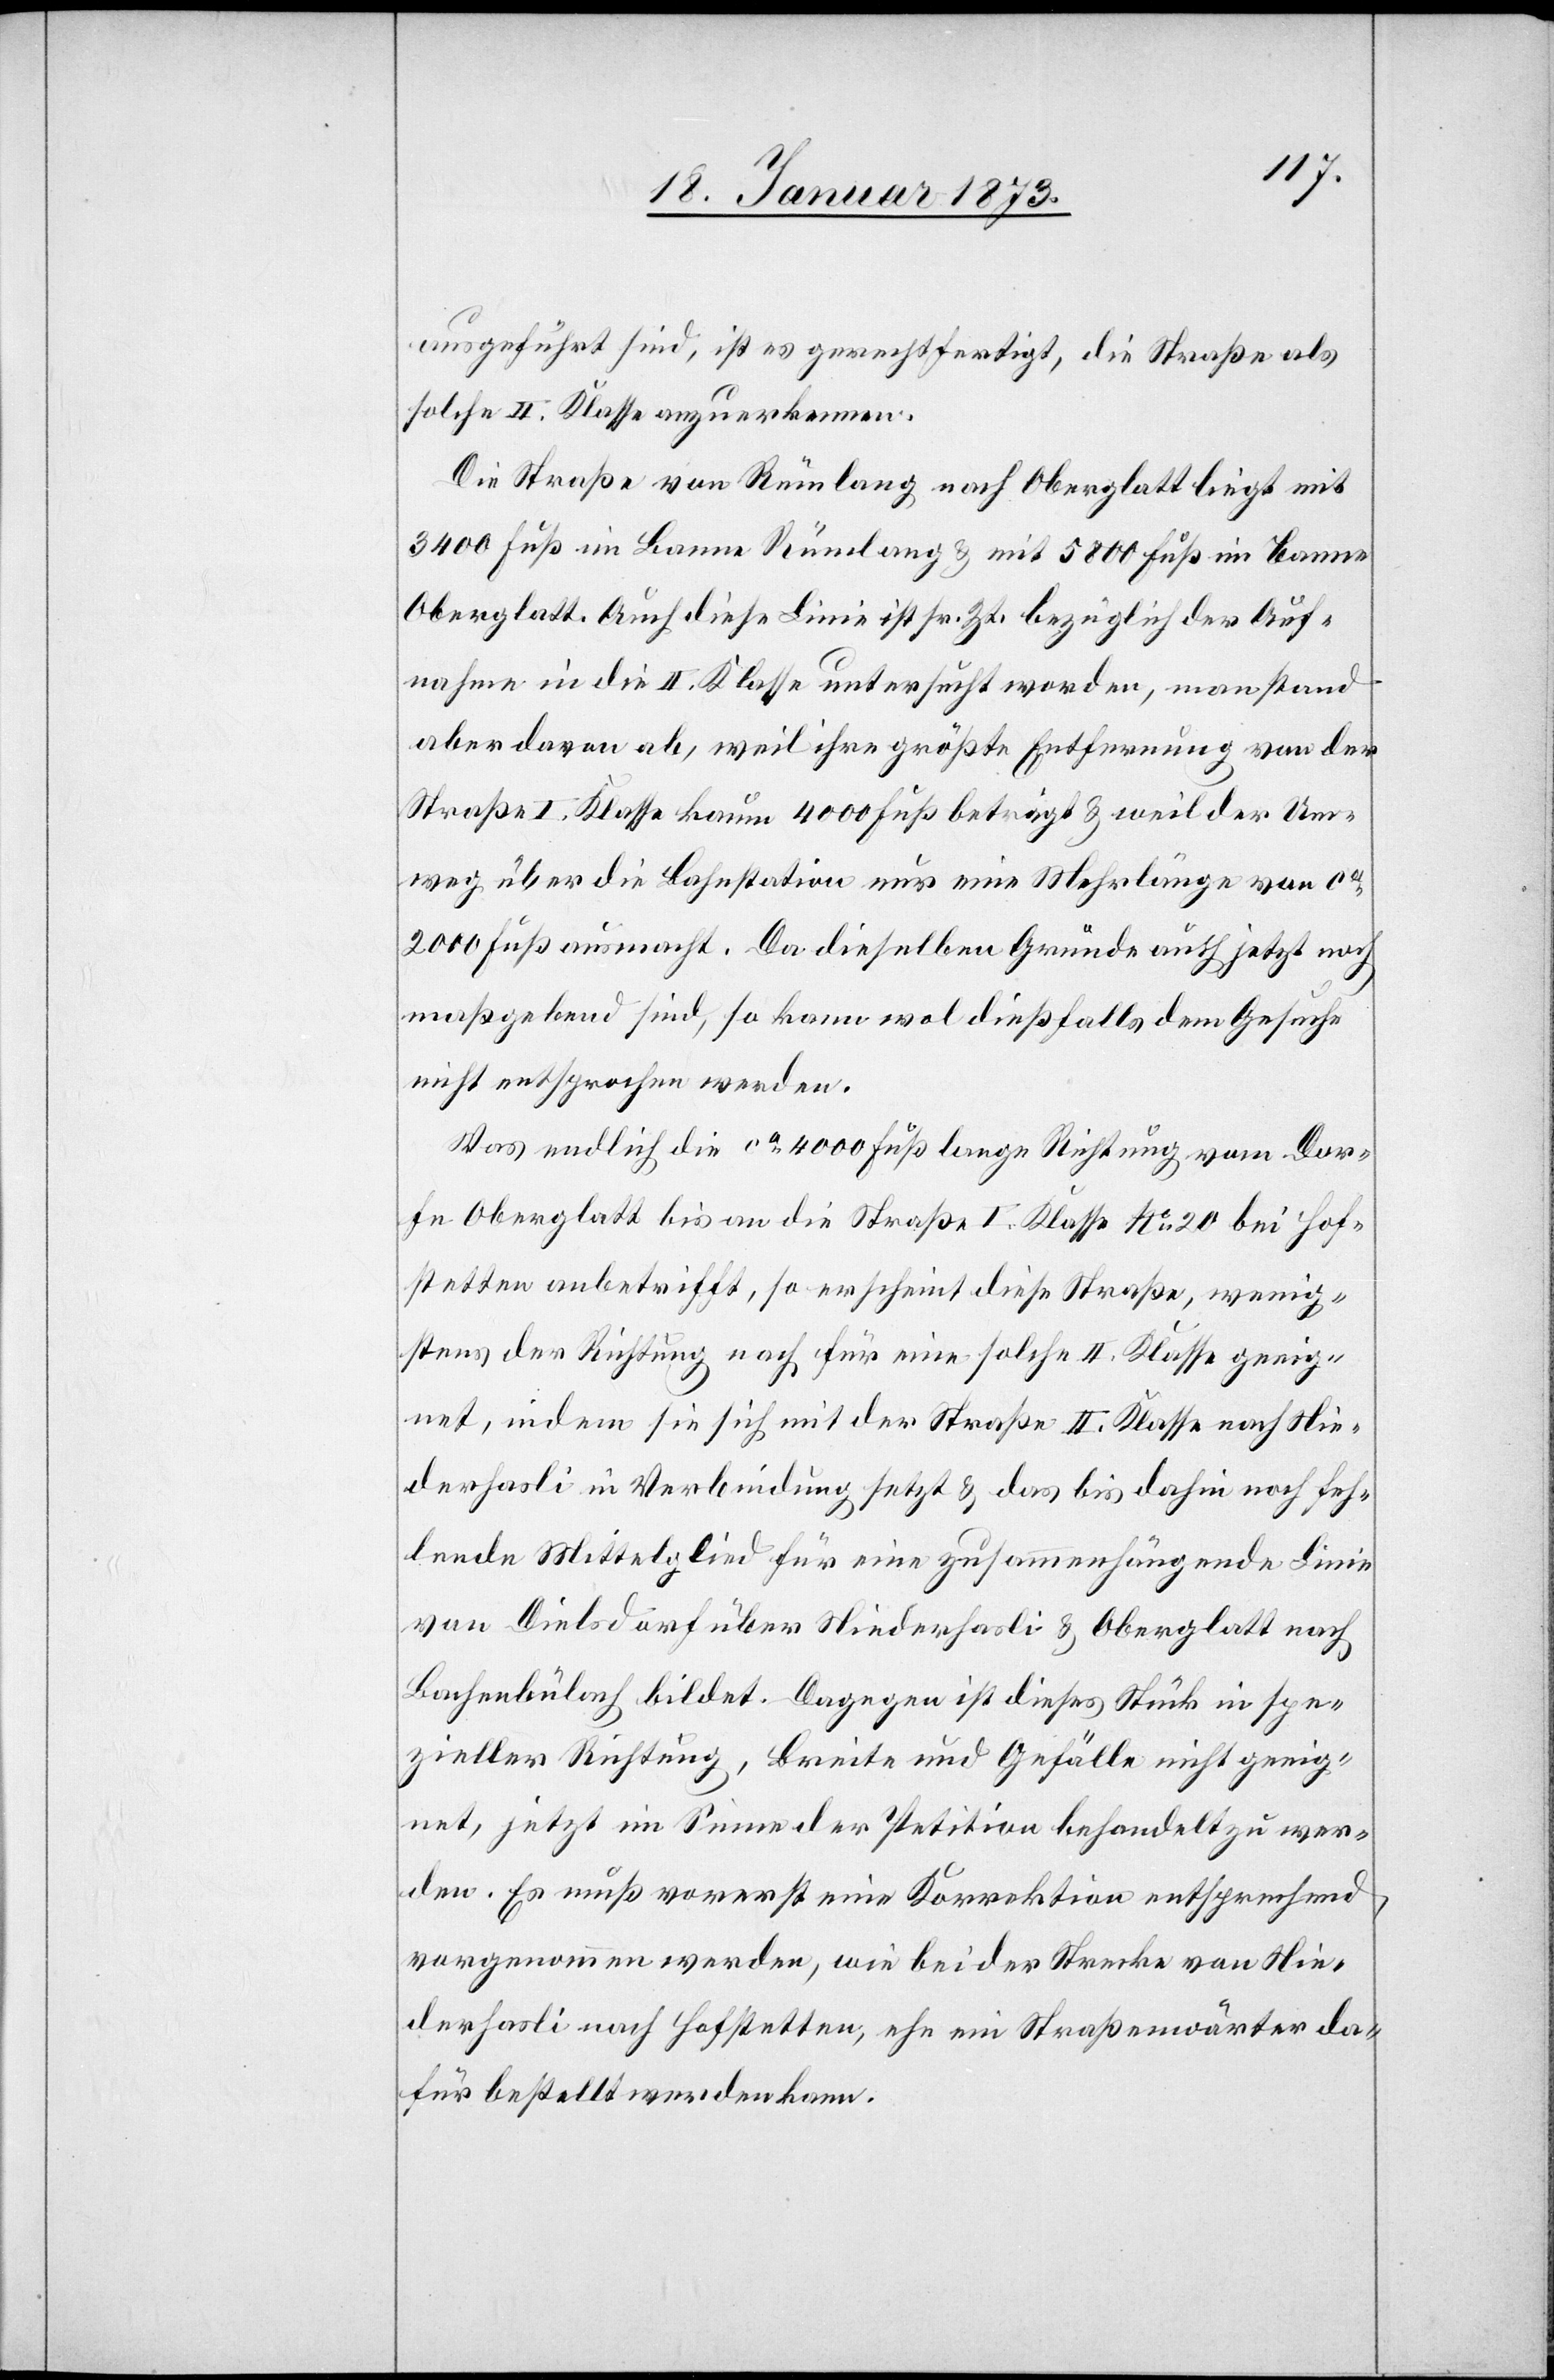
ausgeführt sind, ist es gerechtfertigt, die Straße als
solche II. Klasse anzuerkennen.
Die Straße von Rümlang nach Oberglatt liegt mit
3400 Fuß im Banne Rümlang u. mit 5800 Fuß im Banne
Oberglatt. Auf diese Linie ist sr. Zt. bezüglich der Auf¬
nahme in die II. Klasse untersucht worden, man stand
aber davon ab, weil ihre größte Entfernung von der
Straße I. Klasse kaum 4000 Fuß beträgt u. weil der Um¬
weg über die Bahnstation nur eine Mehrlänge von ca.
2000 Fuß ausmacht. Da dieselben Gründe auch jetzt noch
maßgebend sind, so kann wol dießfalls dem Gesuche
nicht entsprochen werden.
Was endlich die ca. 4000 Fuß lange Richtung vom Dor¬
fe Oberglatt bis an die Straße I. Klasse No. 20 bei Hof¬
stetten anbetrifft, so erscheint diese Straße, wenig¬
stens der Richtung nach für eine solche II. Klasse geeig¬
net, indem sie sich mit der Straße II. Klasse nach Nie¬
derhasli in Verbindung setzt u. das bis dahin noch feh¬
lende Mittelglied für eine zusammenhängende Linie
von Dielsdorf über Niederhasli u. Oberglatt nach
Bachenbülach bildet. Dagegen ist dieses Stück in spe¬
zieller Richtung, Breite und Gefälle nicht geeig¬
net, jetzt im Sinne der Petition behandelt zu wer¬
den. Es muß vorerst eine Korrektion entsprechend
vorgenommen werden, wie bei der Strecke von Nie¬
derhasli nach Hofstetten, ehe ein Straßenwärter da¬
für bestellt werden kann.